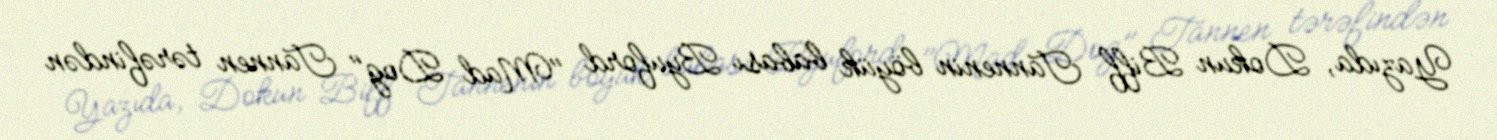
Yazıda, Dokun Biff Tannenin böyük babası Byuford "Mad Dog" Tannen tərəfindən